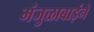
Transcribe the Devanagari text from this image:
मंजुळाबाईने